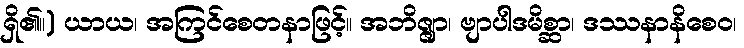
ရှိ၏။) ယာယ၊ အကြင်စေတနာဖြင့်။ အဘိဇ္ဇျာ၊ ဗျာပါဒမိစ္ဆာ၊ ဒဿနာနိစေဝ၊